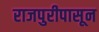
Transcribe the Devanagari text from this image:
राजपुरीपासून